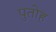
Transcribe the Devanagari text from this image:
पुतोह